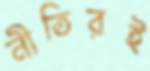
নীতিরই